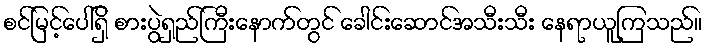
စင်မြင့်ပေါ်ရှိ စားပွဲရှည်ကြီးနောက်တွင် ခေါင်းဆောင်အသီးသီး နေရာယူကြသည်။